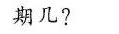
期几?